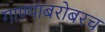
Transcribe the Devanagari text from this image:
गाण्याबरोबरच